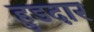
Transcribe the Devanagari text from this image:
हुडदार